Document type: Sale
Year: 1290
Scribe: Miquel Rotllan
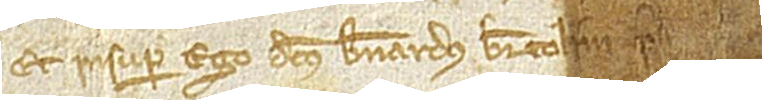
Et insuper ego dictus Bernardus Bertolini [...]